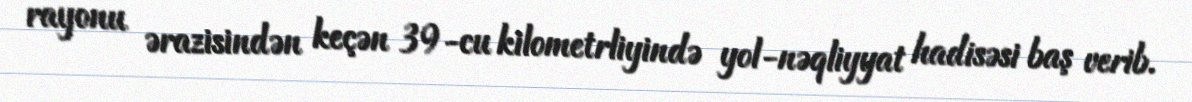
rayonu ərazisindən keçən 39-cu kilometrliyində yol-nəqliyyat hadisəsi baş verib.